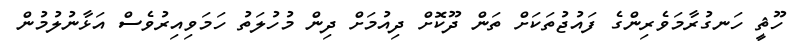
ހޫޘީ ހަނގުރާމަވެރިންގެ ފައުޖުތަކަށް ތަން ދޫކޮށް ދިއުމަށް ދިން މުހުލަތު ހަމަވިއިރުވެސް އަޅާނުލުމުން